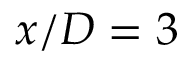
x / D = 3